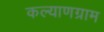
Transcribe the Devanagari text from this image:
कल्याणग्राम